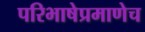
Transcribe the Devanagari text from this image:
परिभाषेप्रमाणेच